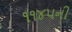
૧૧૪૫ની